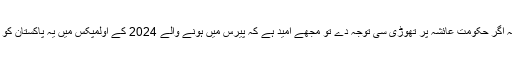
ان کے والد کا کہنا ہے کہ اگر حکومت عائشہ پر تھوڑی سی توجہ دے تو مجھے امید ہے کہ پیرس میں ہونے والے 2024 کے اولمپکس میں یہ پاکستان کو گولڈ میڈل دلا سکتی ہے۔